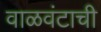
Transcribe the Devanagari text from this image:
वाळवंटाची